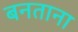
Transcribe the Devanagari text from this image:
बनताना